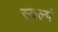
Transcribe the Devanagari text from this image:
स्वल्पं